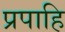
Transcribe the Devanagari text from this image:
प्रपाहि